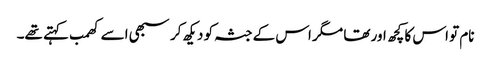
نام تو اس کا کچھ اور تھا مگر اس کے جثہ کو دیکھ کر سبھی اسے کھمب کہتے تھے۔